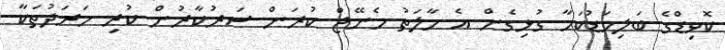
ކޮވިޑްގެ ބަލިމަޑުކަމާ ގުޅިގެން އެ ހާލަތު މެނޭޖް ކުރަން ސަރުކާރުން ކުރި ހަރަދުތަކާ